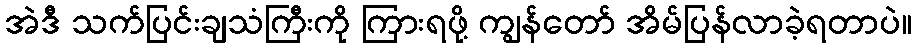
အဲဒီ သက်ပြင်းချသံကြီးကို ကြားရဖို့ ကျွန်တော် အိမ်ပြန်လာခဲ့ရတာပဲ။